Vaccination in Bombay 1856-1862 - 1856-1862
Year: 1856
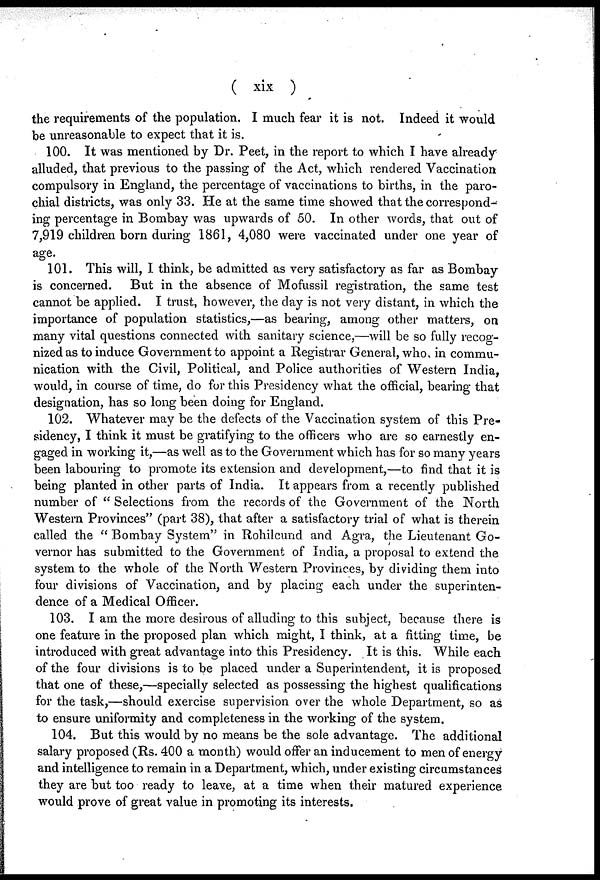
( xix )
the requirements of the population. I much fear it is not. Indeed it would
be unreasonable to expect that it is.
100. It was mentioned by Dr. Peet, in the report to which I have already
alluded, that previous to the passing of the Act, which rendered Vaccination
compulsory in England, the percentage of vaccinations to births, in the paro-
chial districts, was only 33. He at the same time showed that the correspond-
ing percentage in Bombay was upwards of 50. In other words, that out of
7,919 children born during 1861, 4,080 were vaccinated under one year of
age.
101. This will, I think, be admitted as very satisfactory as far as Bombay
is concerned. But in the absence of Mofussil registration, the same test
cannot be applied. I trust, however, the day is not very distant, in which the
importance of population statistics,—as bearing, among other matters, on
many vital questions connected with sanitary science,—will be so fully recog-
nized as to induce Government to appoint a Registrar General, who, in commu-
nication with the Civil, Political, and Police authorities of Western India,
would, in course of time, do for this Presidency what the official, bearing that
designation, has so long been doing for England.
102. Whatever may be the defects of the Vaccination system of this Pre-
sidency, I think it must be gratifying to the officers who are so earnestly en-
gaged in working it,—as well as to the Government which has for so many years
been labouring to promote its extension and development,—to find that it is
being planted in other parts of India. It appears from a recently published
number of " Selections from the records of the Government of the North
Western Provinces" (part 38), that after a satisfactory trial of what is therein
called the " Bombay System" in Rohilcund and Agra, the Lieutenant Go-
vernor has submitted to the Government of India, a proposal to extend the
system to the whole of the North Western Provinces, by dividing them into
four divisions of Vaccination, and by placing each under the superinten-
dence of a Medical Officer.
103. I am the more desirous of alluding to this subject, because there is
one feature in the proposed plan which might, I think, at a fitting time, be
introduced with great advantage into this Presidency. It is this. While each
of the four divisions is to be placed under a Superintendent, it is proposed
that one of these,—specially selected as possessing the highest qualifications
for the task,—should exercise supervision over the whole Department, so as
to ensure uniformity and completeness in the working of the system.
104. But this would by no means be the sole advantage. The additional
salary proposed (Rs. 400 a month) would offer an inducement to men of energy
and intelligence to remain in a Department, which, under existing circumstances
they are but too ready to leave, at a time when their matured experience
would prove of great value in promoting its interests.